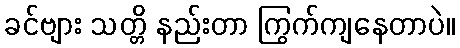
ခင်ဗျား သတ္တိ နည်းတာ ကြွက်ကျနေတာပဲ။